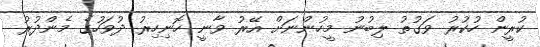
ކުރީން ހުކުރު ވަގުތު ލިބުނު މީހުންނަށް އޭރު ވާނީ ހޮނިހިރު ދުވަހުގެ މެންދުރު